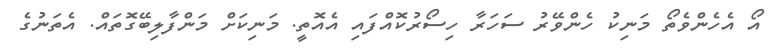
އޯ އެހެންވެތޯ މަނިކު ހެންވޭރު ސަހަރާ ހިސޯރުކޮއްފައި އެއޮތީ. މަނިކަށް މަންފާލިބޭގޮތައް. އެތަނުގެ